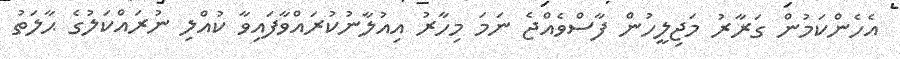
އެހެންކަމުން ގަރާރު މަޖިލީހުން ފާސްވެއްޖެ ނަމަ މިހާރު އިއުލާނުކުރައްވާފައިވާ ކުއްލި ނުރައްކަލުގެ ޙާލަތު